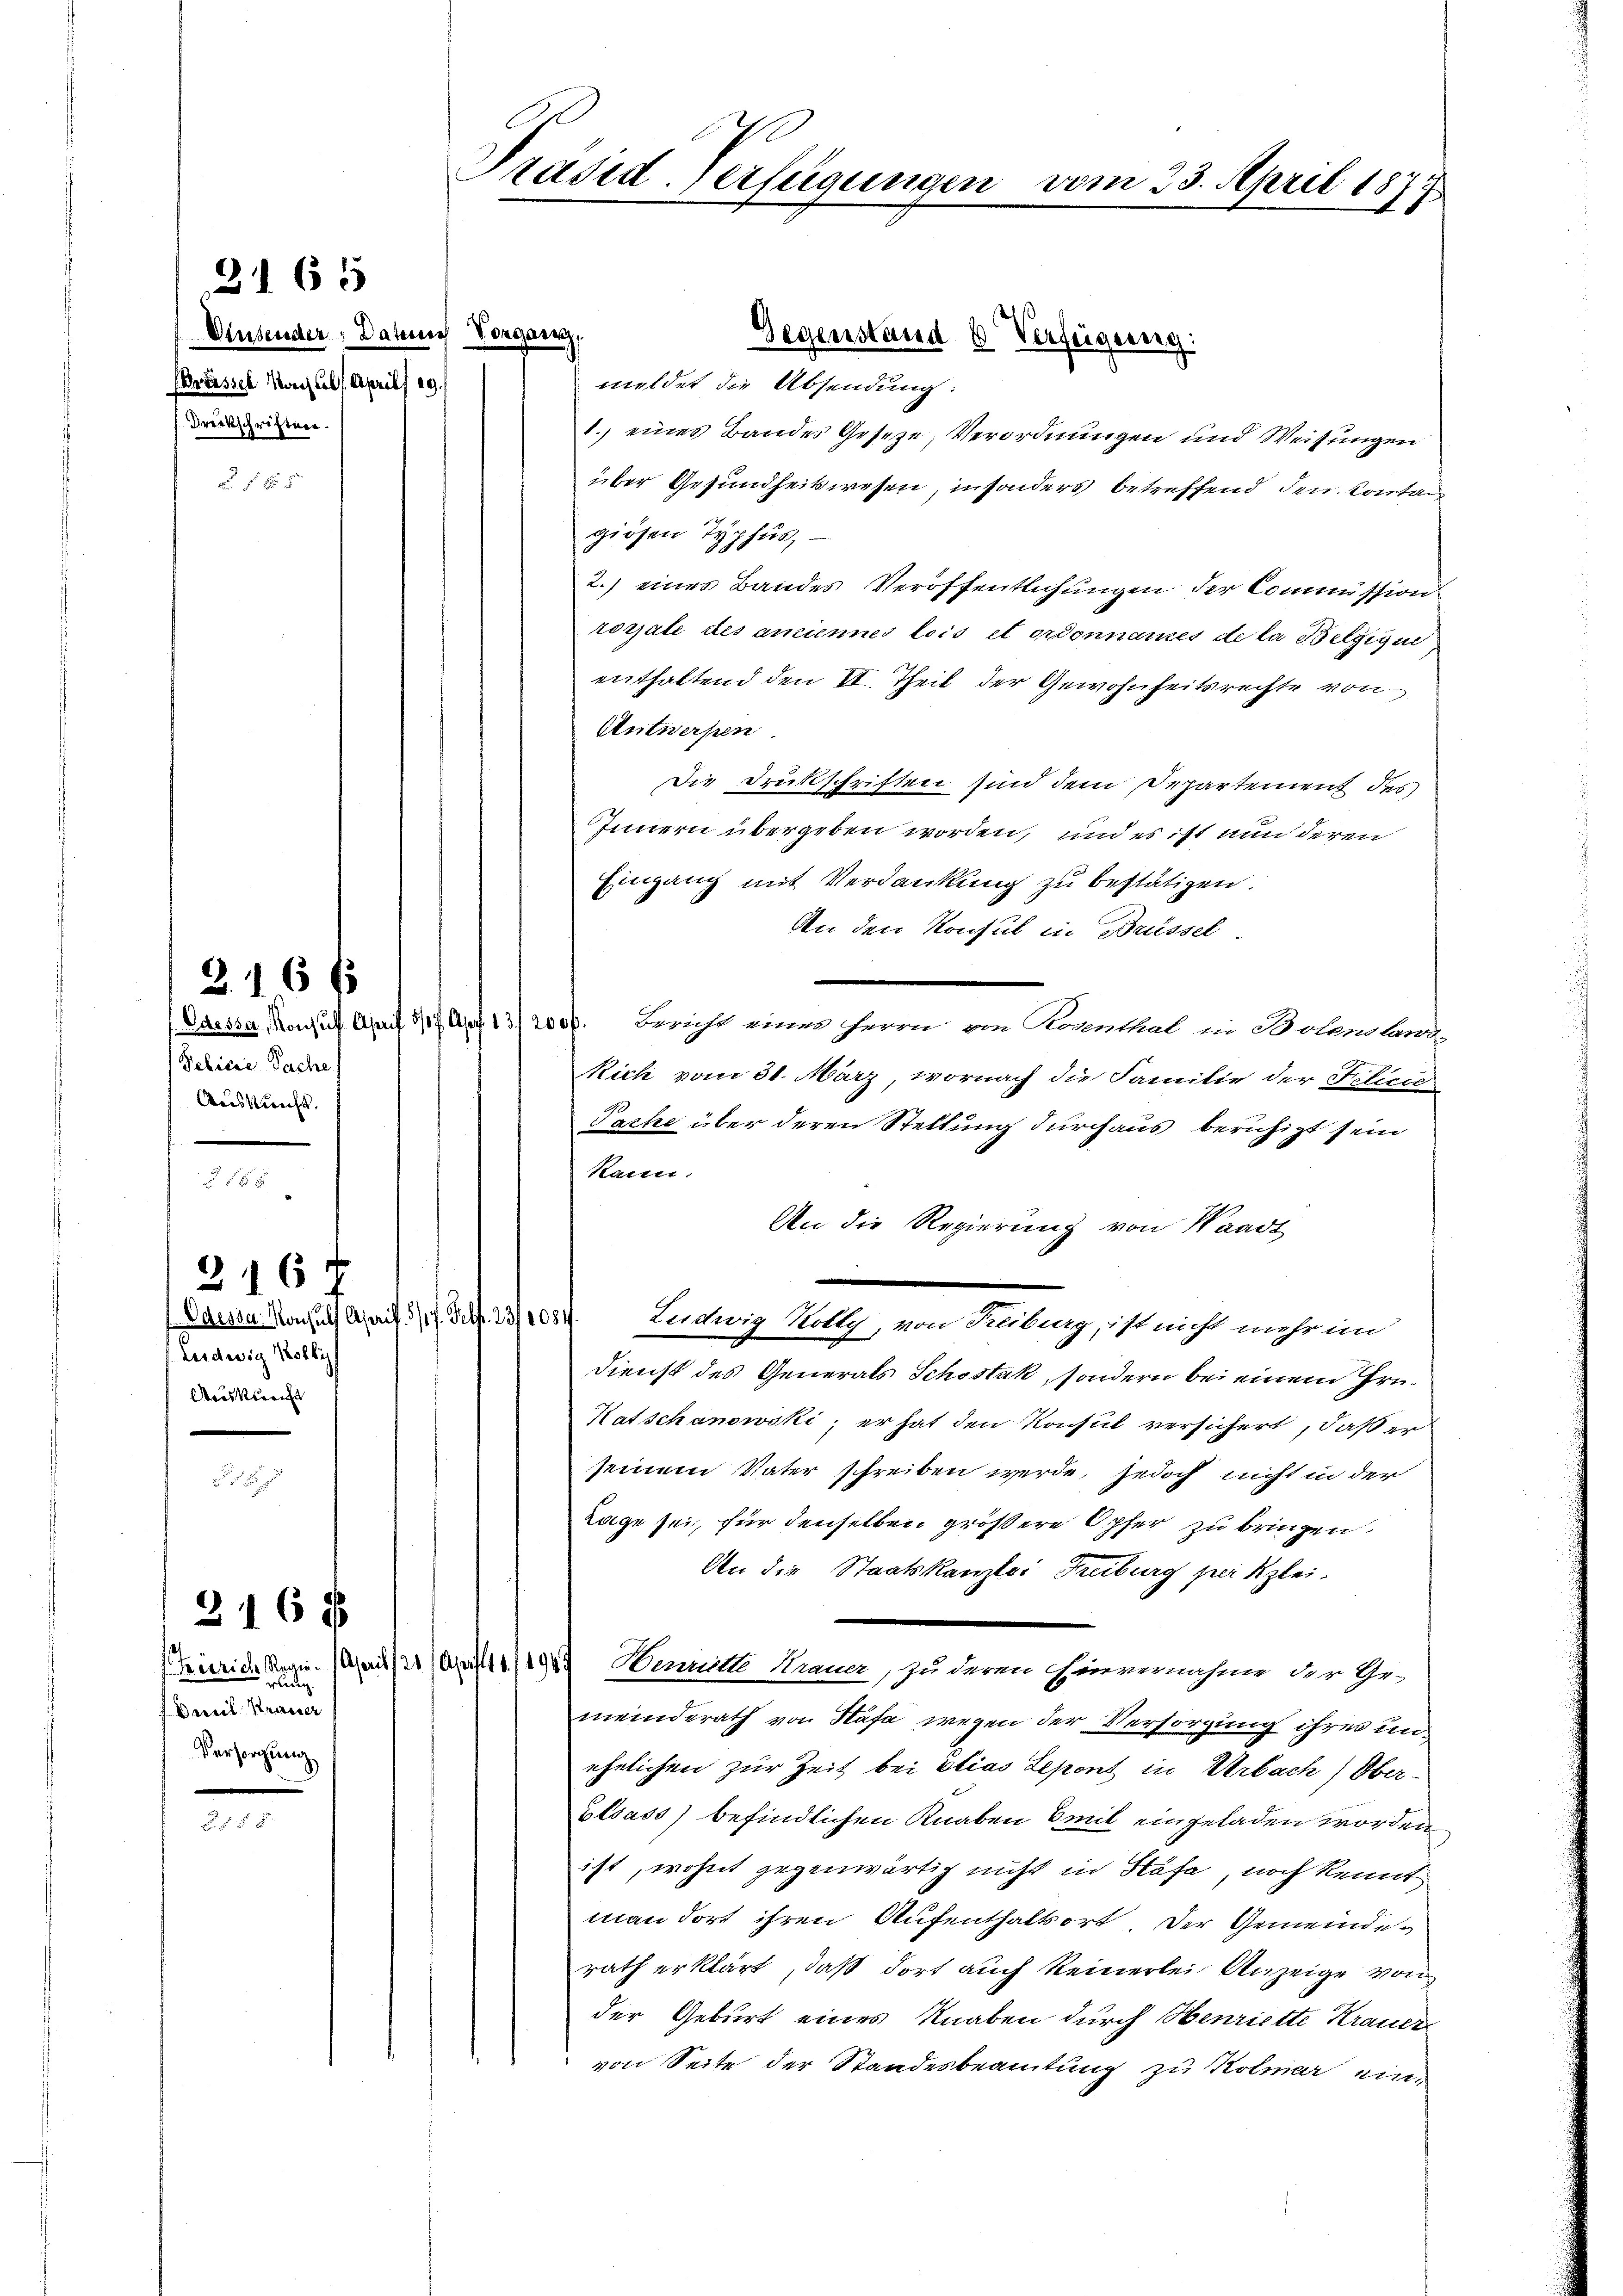
2165

Ainsender, Datum Vorgang,
Brüssel Konsuls. April 29.
Drückschriften.

2. 16 x
Gebiere Sache
Auskunft.

Caesen Konsuls Asaif 5/7. Self. 231084
Leidwig Kothi
Ausknecht

216 f

lung
Daseil Krasser
Versorgung

316 x

meldet die Absendung:
1.) eines Bandes Geseze, Verordnungen und Weisungen
über Gesundheitswesen, insonders betreffend den Kontan
giösen Typhus,
2.) eines Bandes Veröffentlichungen der Commission
rossale des anciennes lois et ordonnames de la Belgige
enthaltend den II. Theil der Gewohnheitsrechte von
Antwerfen.
Die Druckschriften sind dem Departement des
Innern übergeben worden, und es ist nun deren
Eingang mit Verdankung zu bestätigen.
An den Konsul in Brüssel-
Caessa. Monsul April 8/7 Apr. 13. 2000. Bericht einer Herrn von Kennthal in Solenlang-
Rich vom 31. März, wornach die Familie der Filice
Pache über deren Stellung durchaus beruhigt sein
kann.
An die Regierung von Waadt

Ludwig Kolly, von Freiburg, ist nicht mehr im
Dienst des Generals Schostak, sondern bei einem Grü¬
Katschanowski, er hat den Konsul versichert, daß er
seinem Vater schreiben werde, jedoch nicht in der
Lage sei, für denselben größere Opfer zu bringen,
An die Staatskanzlei Freiburg per Klei¬
Heinrich Regen (Genf (Aufl. 1. /1947 Hennitte Krauer, zu deren innnnahme der Ge-
meinderath von Hafa wegen der Versorgung ihres unehelichen zur Zeit bei Elias Lepont in Urbach) Ober¬
Elsass) befindlichen Knaben mit eingeladen worden.
ist, wohnt gegenwärtig nicht in Stäfa, noch kennt
man dort ihren Aufenthaltsort. Der Gemeinderath erklärt, daß dort auch keinerlei Anzeige von
der Geburt eines Knaben durch Henriette Krauer
von Seite der Standesbeamtung zu Kolmar ein¬

Präsid-Verfügungen

Gegenstand 6 Verfeigereg

vom 23. April 1877.